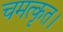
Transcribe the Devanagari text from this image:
चमत्कृत।